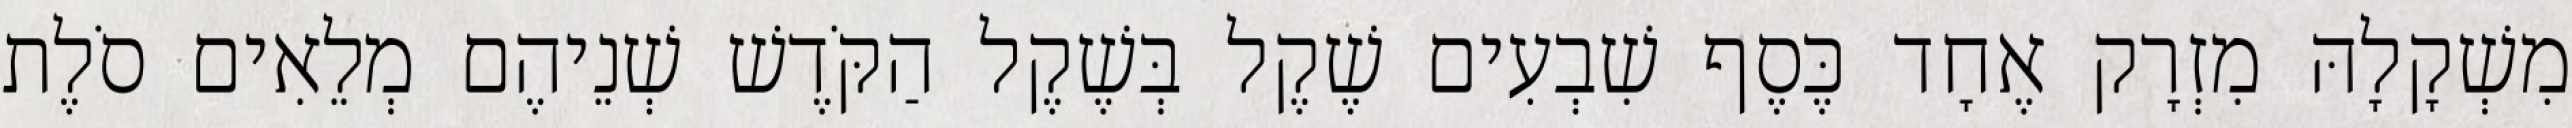
מִשְׁקָלָהּ מִזְרָק אֶחָד כֶּסֶף שִׁבְעִים שֶׁקֶל בְּשֶׁקֶל הַקֹּדֶשׁ שְׁנֵיהֶם מְלֵאִים סֹלֶת